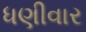
ધણીવાર